Annual administration report of the Civil Veterinary Department of India - 1894-1895
Year: 1894
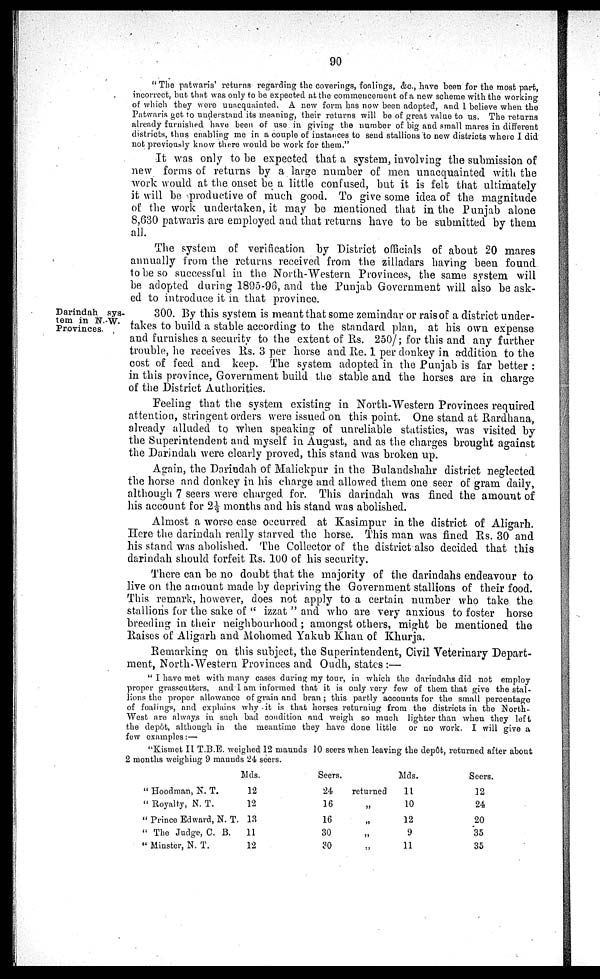
90
" The patwaris' returns regarding the coverings, foalings, &c., have been for the most part,
incorrect, but that was only to be expected at the commencement of a new scheme with the working
of which they were unacquainted. A new form has now been adopted, and I believe when the
Patwaris get to understand its meaning, their returns will be of great value to us. The returns
already furnished have been of use in giving the number of big and small mares in different
districts, thus enabling me in a couple of instances to send stallions to new districts where I did
not previously know there would be work for them."
It was only to be expected that a system, involving the submission of
new forms of returns by a large number of men unacquainted with the
work would at the onset be a little confused, but it is felt that ultimately
it will be productive of much good. To give some idea of the magnitude
of the work undertaken, it may be mentioned that in the Punjab alone
8,630 patwaris are employed and that returns have to be submitted by them
all.
The system of verification by District officials of about 20 mares
annually from the returns received from the zilladars having been found
to be so successful in the North-Western Provinces, the same system will
be adopted during 1895-96, and the Punjab Government will also be ask-
ed to introduce it in that province.
Darindah sys-
tem in N. W.
Provinces.
300. By this system is meant that some zemindar or rais of a district under-
takes to build a stable according to the standard plan, at his own expense
and furnishes a security to the extent of Rs. 250/; for this and any further
trouble, he receives Rs. 3 per horse and Re. 1 per donkey in addition to the
cost of feed and keep. The system adopted in the Punjab is far better :
in this province, Government build the stable and the horses are in charge
of the District Authorities.
Feeling that the system existing in North-Western Provinces required
attention, stringent orders were issued on this point. One stand at Rardhana,
already alluded to when speaking of unreliable statistics, was visited by
the Superintendent and myself in August, and as the charges brought against
the Darindah were clearly proved, this stand was broken up.
Again, the Darindah of Malickpur in the Bulandshahr district neglected
the horse and donkey in his charge and allowed them one seer of gram daily,
although 7 seers were charged for. This darindah was fined the amount of
his account for 2½ months and his stand was abolished.
Almost a worse case occurred at Kasimpur in the district of Aligarh.
Here the darindah really starved the horse. This man was fined Rs. 30 and
his stand was abolished. The Collector of the district also decided that this
darindah should forfeit Rs. 100 of his security.
There can be no doubt that the majority of the darindahs endeavour to
live on the amount made by depriving the Government stallions of their food.
This remark, however, does not apply to a certain number who take the
stallions for the sake of " izzat " and who are very anxious to foster horse
breeding in their neighbourhood; amongst others, might be mentioned the
Raises of Aligarh and Mohomed Yakub Khan of Khurja.
Remarking on this subject, the Superintendent, Civil Veterinary Depart-
ment, North-Western Provinces and Oudh, states :—
" I have met with many cases during my tour, in which the darindahs did not employ
proper grasscutters, and I am informed that it is only very few of them that give the stal-
lions the proper allowance of grain and bran; this partly accounts for the small percentage
of foalings, and explains why it is that horses returning from the districts in the North-
West are always in such bad condition and weigh so much lighter than when they left
the depôt, although in the meantime they have done little or no work. I will give a
few examples:—
"Kismet II T.B.E. weighed 12 maunds 10 seers when leaving the depôt, returned after about
2 months weighing 9 maunds 24 seers.
Mds.
" Hoodman, N. T.
12
" Royalty, N. T.
12
" Prince Edward, N. T. 13
" The Judge, C. B.
11
" Minster, N. T.
12
Seers.
24
16
16
30
30
returned
„
„
„
„
Mds.
11
10
12
9
11
Seers.
12
24
20
35
35